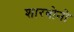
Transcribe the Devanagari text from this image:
शारबोनो